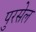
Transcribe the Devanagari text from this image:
पुरसेल